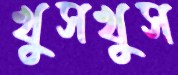
খুসখুস